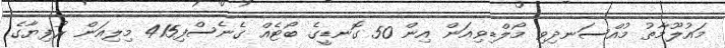
މައުލޫމާތު މުއްސަނދިވި މޯލްޑިވިއަން އިން 50 ގޮނޑީގެ ބޯޓެއް ގެނެސްފި415 މިލިއަން ރުފިޔާގެ